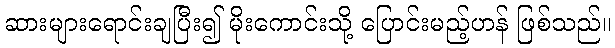
ဆားများရောင်းချပြီး၍ မိုးကောင်းသို့ ပြောင်းမည့်ဟန် ဖြစ်သည်။